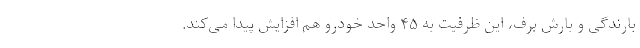
بارندگی و بارش برف، این ظرفیت به ۴۵ واحد خودرو هم افزایش پیدا می‌کند.